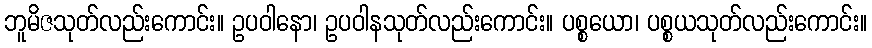
ဘူမိဇသုတ်လည်းကောင်း။ ဥပဝါနော၊ ဥပဝါနသုတ်လည်းကောင်း။ ပစ္စယော၊ ပစ္စယသုတ်လည်းကောင်း။